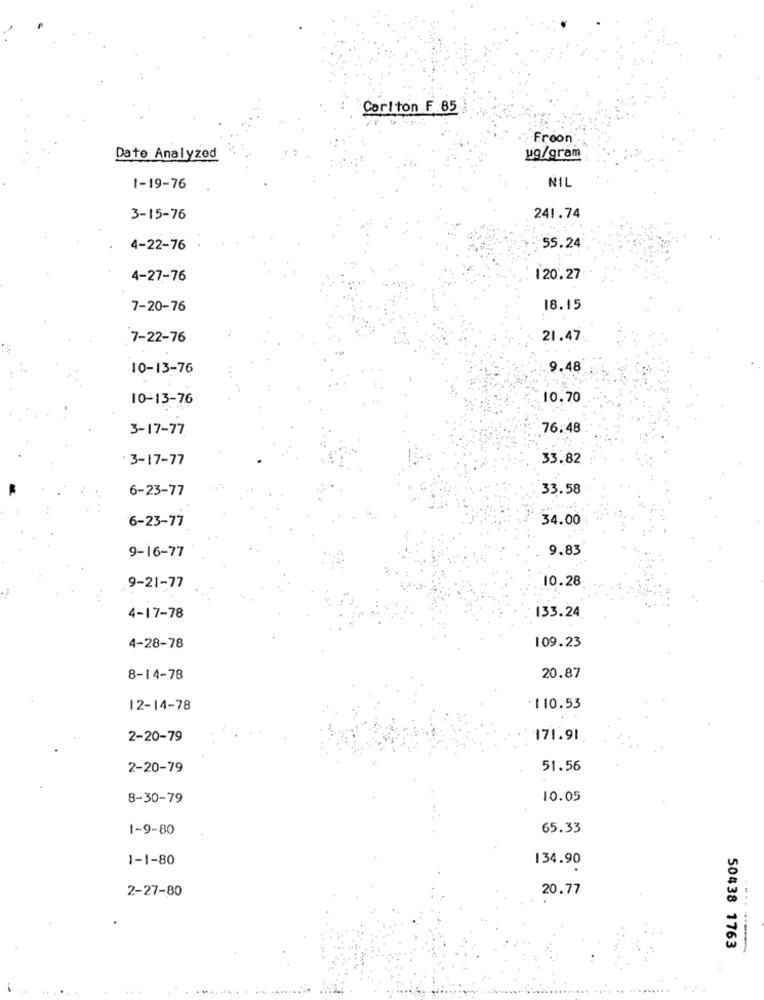
Carlton F 85
. Froon
Date Analyzed
ug/gram
NIL
1-19-76
241.74
3-15-76
4-22-76
55.24
4-27-76
120.27
7-20-76
18.15
7-22-76
21.47
10-13-76
9.48
10-13-76
10.70
3-17 - 7
76.48
· 3-17-77
33.82
6-23-77
33.58
6-23-77
34.00
9.83
9-16-77
10.28
9-21-77
133.24
4-17-78
109.23
4-28-78
8-14-78
20.87
12-14-78
: 110.53
2-20-79
171.91
2-20-79
51.56
8-30-79
10.05
1-9-80
65.33
1-1-80
134.90
2-27-80
20.77
50438 1763